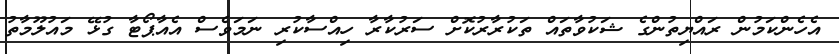
އެހެންކަމުން ރައްޔިތުންގެ ޝަކުވާތައް ތަކުރާރުކޮށް ސަރުކާރާ ހިއްސާކުރި ނަމަވެސް އެއާޕޯޓާ ގުޅޭ މައުލޫމާތު